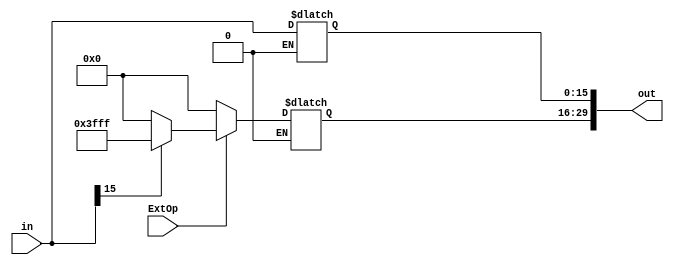
module ExtUnit_NPC_206 (input [16-1:0] in,
                        input ExtOp,
                        output [30-1:0] out);
    
    reg[30-1:0] out_t;
    always @(*)
    begin
        if (ExtOp == 1) begin
            out_t[15:0]     = in[15:0];
            if (in[15] == 1'b1) out_t[30-1:16]      = 16'hffff;
            else if (in[15] == 1'b0) out_t[30-1:16] = 16'h0000;
        end
        else if (ExtOp == 0) begin
            out_t[15:0]    = in[15:0];
            out_t[30-1:16] = 16'h0000;
        end
    end
            
    assign out = out_t;
            
endmodule

module ExtUnit_DataPath_206 (input [16-1:0] in,
                             input [2-1:0] ExtOp,
                             output [32-1:0] out);
    
    reg[32-1:0] out_t;
    always @(*)
    begin
        if (ExtOp == 2'b01) begin
            out_t[15:0]     = in[15:0];
            if (in[15] == 1'b1) out_t[32-1:16]      = 16'hffff;
            else if (in[15] == 1'b0) out_t[32-1:16] = 16'h0000;
        end
        else if (ExtOp == 2'b00) begin
            out_t[15:0]    = in[15:0];
            out_t[32-1:16] = 16'h0000;
        end
        else if(ExtOp == 2'b10) begin
            out_t[32-1:16] = in[15:0];
            out_t[15:0] = 16'h0000;
        end
    end
            
    assign out = out_t;
            
endmodule

module ExtUnit_LB_206 (input [8-1:0] in,
                        input ExtOp,
                        output [32-1:0] out);
    
    reg[32-1:0] out_t;
    always @(*)
    begin
        if (ExtOp == 1) begin
            out_t[7:0]     = in[7:0];
            if (in[7] == 1'b1) out_t[32-1:8]      = 32'hffffffff;
            else if (in[7] == 1'b0) out_t[32-1:8] = 32'h00000000;
        end
        else if (ExtOp == 0) begin
            out_t[7:0]    = in[7:0];
            out_t[32-1:8] = 32'h0000;
        end
    end
            
    assign out = out_t;
            
endmodule